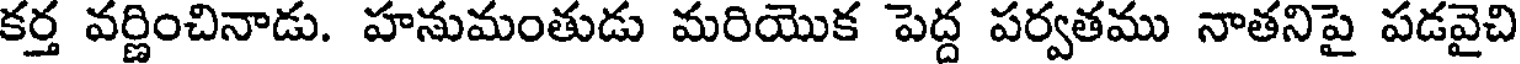
కర్త వర్ణించినాడు. హనుమంతుడు మరియొక పెద్ద పర్వతము నాతనిపై పడవైచి